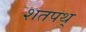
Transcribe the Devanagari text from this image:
शतपथ्